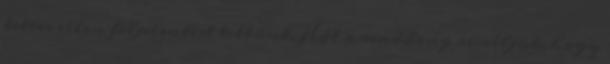
tettes ellen feljelentést tettünk. Hát a rendőrség reméljük, hogy